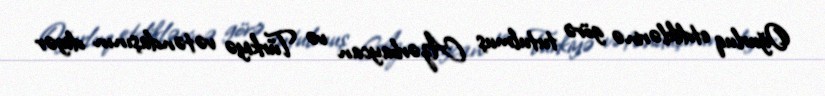
Oğurluq etdiklərinə görə tutulmuş Azərbaycan və Türkiyə vətəndaşının digər